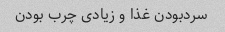
سردبودن غذا و زیادی چرب بودن